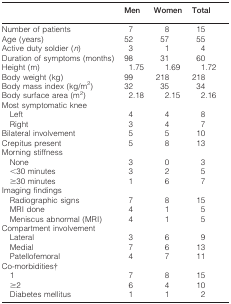
<table><thead><tr><td></td><td><b>Men</b></td><td><b>Women</b></td><td><b>Total</b></td></tr></thead><tbody><tr><td>Number of patients</td><td>7</td><td>8</td><td>15</td></tr><tr><td>Age (years)</td><td>52</td><td>57</td><td>55</td></tr><tr><td>Active duty soldier (<i>n</i>)</td><td>3</td><td>1</td><td>4</td></tr><tr><td>Duration of symptoms (months)</td><td>98</td><td>31</td><td>60</td></tr><tr><td>Height (m)</td><td>1.75</td><td>1.69</td><td>1.72</td></tr><tr><td>Body weight (kg)</td><td>99</td><td>218</td><td>218</td></tr><tr><td>Body mass index (kg/m<sup>2</sup>)</td><td>32</td><td>35</td><td>34</td></tr><tr><td>Body surface area (m<sup>2</sup>)</td><td>2.18</td><td>2.15</td><td>2.16</td></tr><tr><td colspan="4">Most symptomatic knee</td></tr><tr><td>Left</td><td>4</td><td>4</td><td>8</td></tr><tr><td>Right</td><td>3</td><td>4</td><td>7</td></tr><tr><td>Bilateral involvement</td><td>5</td><td>5</td><td>10</td></tr><tr><td>Crepitus present</td><td>5</td><td>8</td><td>13</td></tr><tr><td colspan="4">Morning stiffness</td></tr><tr><td>None</td><td>3</td><td>0</td><td>3</td></tr><tr><td>&lt;30 minutes</td><td>3</td><td>2</td><td>5</td></tr><tr><td>≥30 minutes</td><td>1</td><td>6</td><td>7</td></tr><tr><td colspan="4">Imaging findings</td></tr><tr><td>Radiographic signs</td><td>7</td><td>8</td><td>15</td></tr><tr><td>MRI done</td><td>4</td><td>1</td><td>5</td></tr><tr><td>Meniscus abnormal (MRI)</td><td>4</td><td>1</td><td>5</td></tr><tr><td colspan="4">Compartment involvement</td></tr><tr><td>Lateral</td><td>3</td><td>6</td><td>9</td></tr><tr><td>Medial</td><td>7</td><td>6</td><td>13</td></tr><tr><td>Patellofemoral</td><td>4</td><td>7</td><td>11</td></tr><tr><td colspan="4">Co-morbidities†</td></tr><tr><td>1</td><td>7</td><td>8</td><td>15</td></tr><tr><td>≥2</td><td>6</td><td>4</td><td>10</td></tr><tr><td>Diabetes mellitus</td><td>1</td><td>1</td><td>2</td></tr></tbody></table>